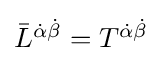
{\textstyle {\bar {L}}^{{\dot {\alpha }}{\dot {\beta }}}=T^{{\dot {\alpha }}{\dot {\beta }}}}